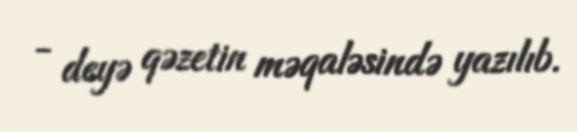
- deyə qəzetin məqaləsində yazılıb.